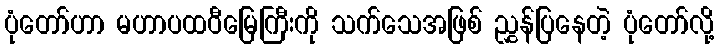
ပုံတော်ဟာ မဟာပထဝီမြေကြီးကို သက်သေအဖြစ် ညွှန်ပြနေတဲ့ ပုံတော်လို့